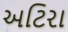
અટિરા